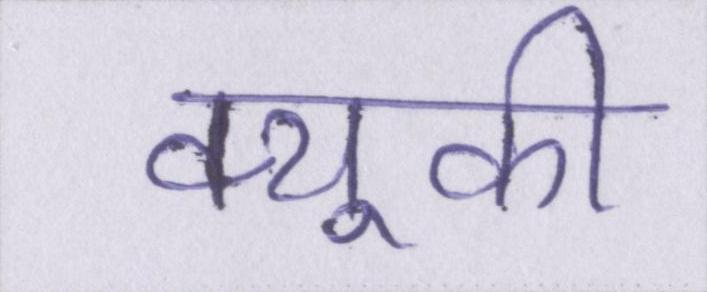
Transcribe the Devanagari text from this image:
क्यूकी